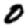
Digit: 0